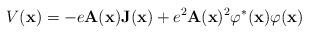
LaTeX: \begin{align*}V({\bf x}) =-e {\bf A}({\bf x}){\bf J}({\bf x})+e^2{\bf A}({\bf x})^2\varphi^*({\bf x})\varphi({\bf x})\end{align*}